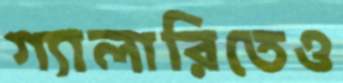
গ্যালারিতেও